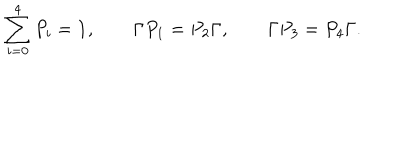
\sum _ { i = 0 } ^ { 4 } P _ { i } = { \bf 1 } , \qquad \Gamma P _ { 1 } = P _ { 2 } \Gamma , \qquad \Gamma P _ { 3 } = P _ { 4 } \Gamma .